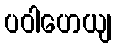
ပဝါဟေယျ